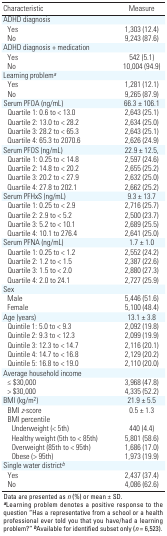
<table><thead><tr><td><b>Characteristic</b></td><td><b>Measure</b></td></tr></thead><tbody><tr><td>ADHD diagnosis</td><td></td></tr><tr><td>Yes</td><td>1,303 (12.4)</td></tr><tr><td>No</td><td>9,243 (87.6)</td></tr><tr><td>ADHD diagnosis + medication</td><td></td></tr><tr><td>Yes</td><td>542 (5.1)</td></tr><tr><td>No</td><td>10,004 (94.9)</td></tr><tr><td>Learning problem<i>a</i></td><td></td></tr><tr><td>Yes</td><td>1,281 (12.1)</td></tr><tr><td>No</td><td>9,265 (87.9)</td></tr><tr><td>Serum PFOA (ng/mL)</td><td>66.3 ± 106.1</td></tr><tr><td>Quartile 1: 0.6 to &lt; 13.0</td><td>2,643 (25.1)</td></tr><tr><td>Quartile 2: 13.0 to &lt; 28.2</td><td>2,634 (25.0)</td></tr><tr><td>Quartile 3: 28.2 to &lt; 65.3</td><td>2,643 (25.1)</td></tr><tr><td>Quartile 4: 65.3 to 2070.6</td><td>2,626 (24.9)</td></tr><tr><td>Serum PFOS (ng/mL)</td><td>22.9 ± 12.5,</td></tr><tr><td>Quartile 1: 0.25 to &lt; 14.8</td><td>2,597 (24.6)</td></tr><tr><td>Quartile 2: 14.8 to &lt; 20.2</td><td>2,655 (25.2)</td></tr><tr><td>Quartile 3: 20.2 to &lt; 27.9</td><td>2,632 (25.0)</td></tr><tr><td>Quartile 4: 27.8 to 202.1</td><td>2,662 (25.2)</td></tr><tr><td>Serum PFHxS (ng/mL)</td><td>9.3 ± 13.7</td></tr><tr><td>Quartile 1: 0.25 to &lt; 2.9</td><td>2,716 (25.7)</td></tr><tr><td>Quartile 2: 2.9 to &lt; 5.2</td><td>2,500 (23.7)</td></tr><tr><td>Quartile 3: 5.2 to &lt; 10.1</td><td>2,689 (25.5)</td></tr><tr><td>Quartile 4: 10.1 to 276.4</td><td>2,641 (25.0)</td></tr><tr><td>Serum PFNA (ng/mL)</td><td>1.7 ± 1.0</td></tr><tr><td>Quartile 1: 0.25 to &lt; 1.2</td><td>2,552 (24.2)</td></tr><tr><td>Quartile 2: 1.2 to &lt; 1.5</td><td>2,387 (22.6)</td></tr><tr><td>Quartile 3: 1.5 to &lt; 2.0</td><td>2,880 (27.3)</td></tr><tr><td>Quartile 4: 2.0 to 24.1</td><td>2,727 (25.9)</td></tr><tr><td>Sex</td><td></td></tr><tr><td>Male</td><td>5,446 (51.6)</td></tr><tr><td>Female</td><td>5,100 (48.4)</td></tr><tr><td>Age (years)</td><td>13.1 ± 3.8</td></tr><tr><td>Quintile 1: 5.0 to &lt; 9.3</td><td>2,092 (19.8)</td></tr><tr><td>Quintile 2: 9.3 to &lt; 12.3</td><td>2,099 (19.9)</td></tr><tr><td>Quintile 3: 12.3 to &lt; 14.7</td><td>2,116 (20.1)</td></tr><tr><td>Quintile 4: 14.7 to &lt; 16.8</td><td>2,129 (20.2)</td></tr><tr><td>Quintile 5: 16.8 to &lt; 19.0</td><td>2,110 (20.0)</td></tr><tr><td>Average household income</td><td></td></tr><tr><td>≤ $30,000</td><td>3,968 (47.8)</td></tr><tr><td>&gt; $30,000</td><td>4,335 (52.2)</td></tr><tr><td>BMI (kg/m<sup>2</sup>)</td><td>21.9 ± 5.5</td></tr><tr><td>BMI <i>z</i>-score</td><td>0.5 ± 1.3</td></tr><tr><td>BMI percentile</td><td></td></tr><tr><td>Underweight (&lt; 5th)</td><td>440 (4.4)</td></tr><tr><td>Healthy weight (5th to &lt; 85th)</td><td>5,801 (58.6)</td></tr><tr><td>Overweight (85th to &lt; 95th)</td><td>1,686 (17.0)</td></tr><tr><td>Obese (&gt; 95th)</td><td>1,973 (19.9)</td></tr><tr><td>Single water district<i>b</i></td><td></td></tr><tr><td>Yes</td><td>2,437 (37.4)</td></tr><tr><td>No</td><td>4,086 (62.6)</td></tr><tr><td colspan="2">Data are presented as <i>n</i> (%) or mean ± SD.<b>a</b>Learning problem denotes a positive response to the question“Has a representative from a school or a health professional ever toldyou that you have/had a learning problem?” <b>b</b>Available foridentified subset only (<i>n</i> = 6,523).</td></tr></tbody></table>